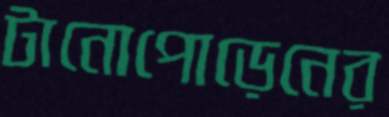
টানোপোড়েনের